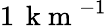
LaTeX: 1\, \mathrm{~k~m~}^{-1}